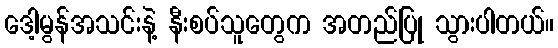
ဒေါ့မွန်အသင်းနဲ့ နီးစပ်သူတွေက အတည်ပြု သွားပါတယ်။